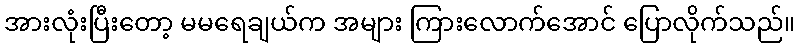
အားလုံးပြီးတော့ မမရေချယ်က အများ ကြားလောက်အောင် ပြောလိုက်သည်။